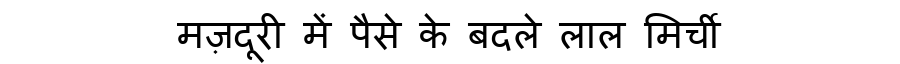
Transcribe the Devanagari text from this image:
मज़दूरी में पैसे के बदले लाल मिर्ची